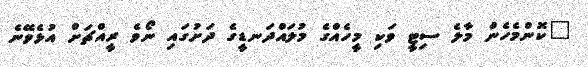
"ކޮންމެހެން މާލެ ސިޓީ ވަކި މީހެއްގެ މުލައްދަނޑީގެ ދަށުގައި ނޯވެ ރީއްޗަށް އުޅެވޭނެ